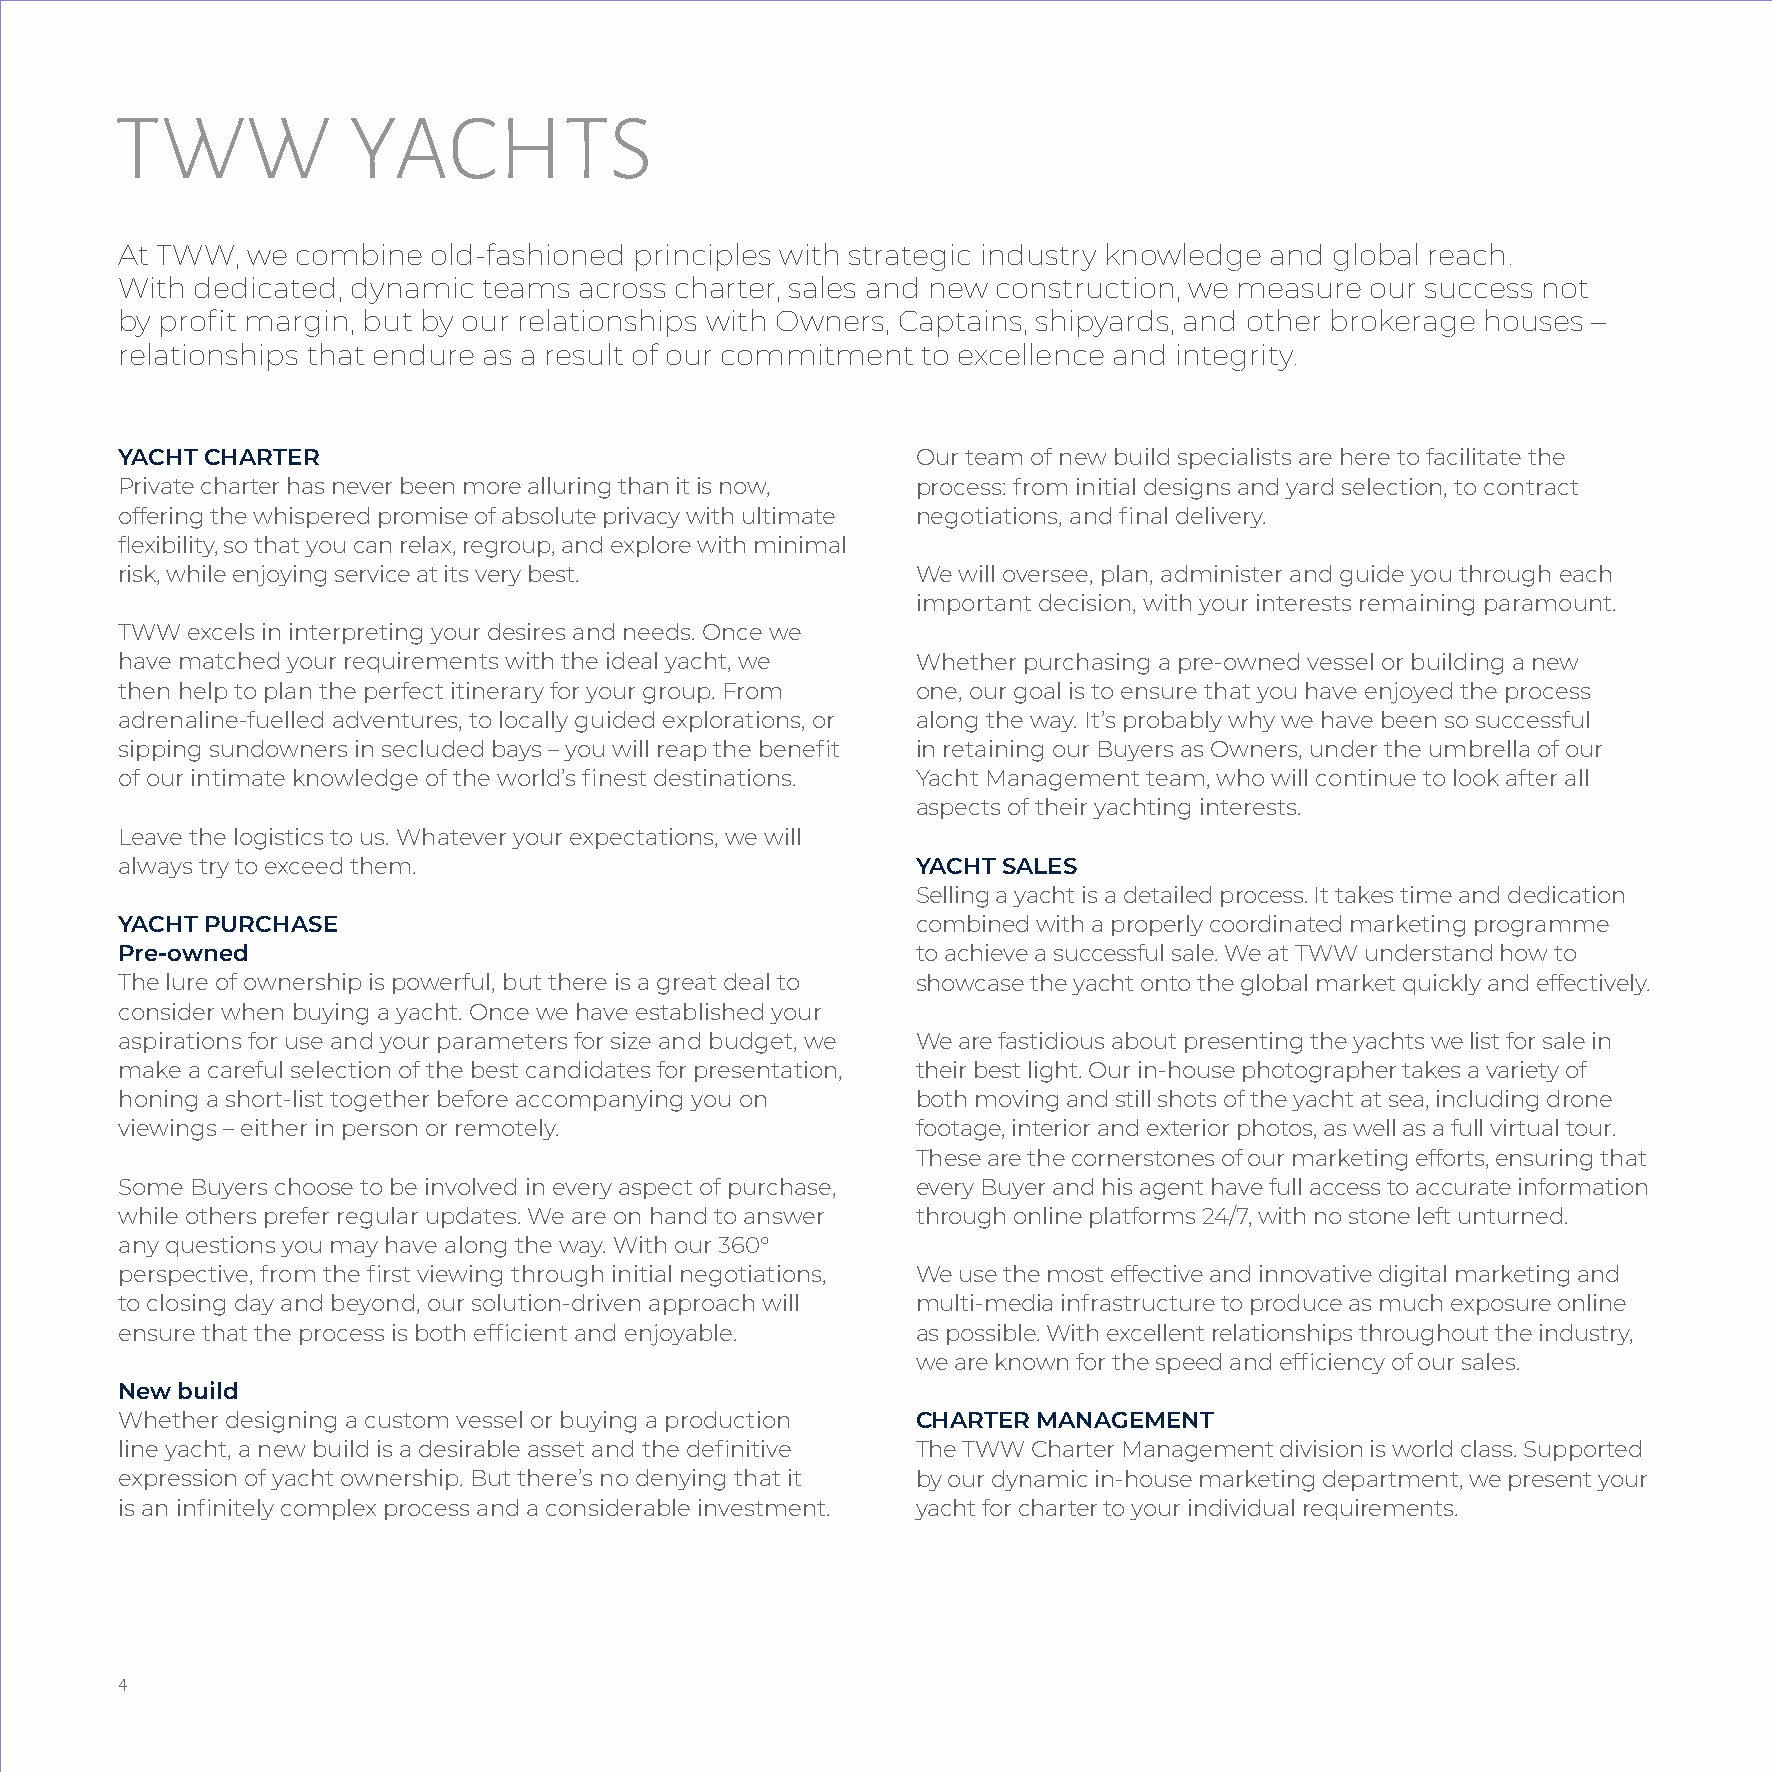
TWW            YACHTS
 At TWW, we  combine  old-fashioned principles with strategic industry knowledge and global reach.
 With dedicated, dynamic teams across charter, sales and new construction, we measure our success not
 by profit margin, but by our relationships with Owners, Captains, shipyards, and other brokerage houses –
 relationships that endure as a result of our commitment to excellence and integrity.
 YACHT CHARTER                                        Our team of new build specialists are here to facilitate the
 Private charter has never been more alluring than it is now, process: from initial designs and yard selection, to contract
 offering the whispered promise of absolute privacy with ultimate negotiations, and final delivery.
 flexibility, so that you can relax, regroup, and explore with minimal
 risk, while enjoying service at its very best.       We will oversee, plan, administer and guide you through each
 important decision, with your interests remaining paramount.
 TWW excels in interpreting your desires and needs. Once we
 have matched your requirements with the ideal yacht, we Whether purchasing a pre-owned vessel or building a new
 then help to plan the perfect itinerary for your group. From one, our goal is to ensure that you have enjoyed the process
 adrenaline-fuelled adventures, to locally guided explorations, or along the way. It’s probably why we have been so successful
 sipping sundowners in secluded bays – you will reap the benefit in retaining our Buyers as Owners, under the umbrella of our
 of our intimate knowledge of the world’s finest destinations. Yacht Management team, who will continue to look after all
 aspects of their yachting interests.
 Leave the logistics to us. Whatever your expectations, we will
 always try to exceed them.                           YACHT SALES
 Selling a yacht is a detailed process. It takes time and dedication
 YACHT PURCHASE                                       combined with a properly coordinated marketing programme
 Pre-owned                                            to achieve a successful sale. We at TWW understand how to
 The lure of ownership is powerful, but there is a great deal to showcase the yacht onto the global market quickly and effectively.
 consider when buying a yacht. Once we have established your
 aspirations for use and your parameters for size and budget, we We are fastidious about presenting the yachts we list for sale in
 make a careful selection of the best candidates for presentation, their best light. Our in-house photographer takes a variety of
 honing a short-list together before accompanying you on both moving and still shots of the yacht at sea, including drone
 viewings – either in person or remotely.             footage, interior and exterior photos, as well as a full virtual tour.
 These are the cornerstones of our marketing efforts, ensuring that
 Some Buyers choose to be involved in every aspect of purchase, every Buyer and his agent have full access to accurate information
 while others prefer regular updates. We are on hand to answer through online platforms 24/7, with no stone left unturned.
 any questions you may have along the way. With our 360°
 perspective, from the first viewing through initial negotiations, We use the most effective and innovative digital marketing and
 to closing day and beyond, our solution-driven approach will multi-media infrastructure to produce as much exposure online
 ensure that the process is both efficient and enjoyable. as possible. With excellent relationships throughout the industry,
 we are known for the speed and efficiency of our sales.
 New build
 Whether designing a custom vessel or buying a production CHARTER MANAGEMENT
 line yacht, a new build is a desirable asset and the definitive The TWW Charter Management division is world class. Supported
 expression of yacht ownership. But there’s no denying that it by our dynamic in-house marketing department, we present your
 is an infinitely complex process and a considerable investment. yacht for charter to your individual requirements.
 4